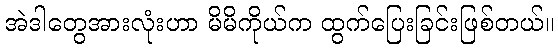
အဲဒါတွေအားလုံးဟာ မိမိကိုယ်က ထွက်ပြေးခြင်းဖြစ်တယ်။